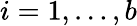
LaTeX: i=1,\dots,b